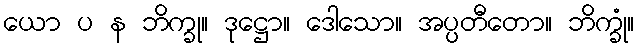
ယော ပ န ဘိက္ခု။ ဒုဋ္ဌော။ ဒေါသော။ အပ္ပတီတော။ ဘိက္ခုံ။